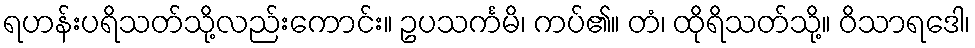
ရဟန်းပရိသတ်သို့လည်းကောင်း။ ဥပသင်္ကမိ၊ ကပ်၏။ တံ၊ ထိုရိသတ်သို့။ ဝိသာရဒေါ၊